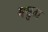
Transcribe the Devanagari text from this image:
मसुता